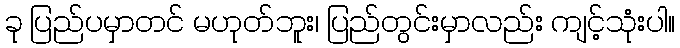
ခု ပြည်ပမှာတင် မဟုတ်ဘူး၊ ပြည်တွင်းမှာလည်း ကျင့်သုံးပါ။